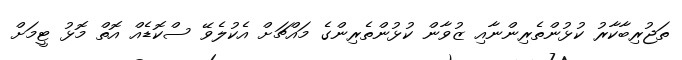
ތަޖުރިބާކާރު ކުޅުންތެރިންނާއި ޒުވާން ކުޅުންތެރިންގެ މައްޗަށް އެކުލެވޭ ސްކޮޑެއް އޮތް މޮޅު ޓީމަށް